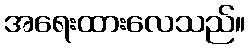
အရေးထားလေသည်။